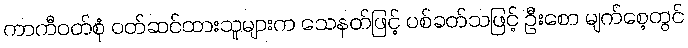
ကာကီဝတ်စုံ ဝတ်ဆင်ထားသူများက သေနတ်ဖြင့် ပစ်ခတ်သဖြင့် ဦးစော မျက်စေ့တွင်